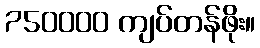
750000 ကျပ်တန်ဖိုး။